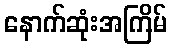
နောက်ဆုံးအကြိမ်